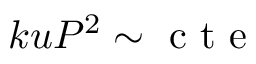
k u P ^ { 2 } \sim \mathrm { ~ c ~ t ~ e ~ }